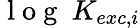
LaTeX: \mathrm{~l~o~g~}~K_{exc,i}